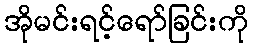
အိုမင်းရင့်ရော်ခြင်းကို